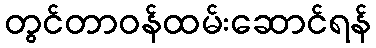
တွင်တာဝန်ထမ်းဆောင်ရန်